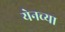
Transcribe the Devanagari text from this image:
येनच्या